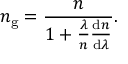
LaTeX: n _ { \mathrm { g } } = { \frac { n } { 1 + { \frac { \lambda } { n } } { \frac { \mathrm { d } n } { \mathrm { d } \lambda } } } } .